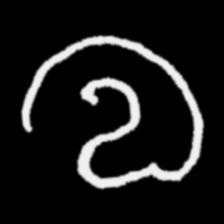
Pyu character \u2014 Myanmar letter: လ (romanized: la)